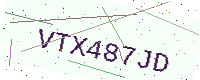
Text: VTX487JD